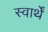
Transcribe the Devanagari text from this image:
स्वार्थें